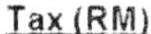
TAX(RM)